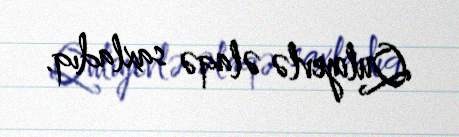
Quliyevlə əlaqə saxladıq.